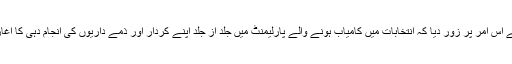
انہوں نے اس امر پر زور دیا کہ انتخابات میں کامیاب ہونے والے پارلیمنٹ میں جلد از جلد اپنے کردار اور ذمے داریوں کی انجام دہی کا آغاز کریں۔